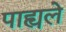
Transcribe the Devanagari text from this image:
पाह्यले